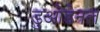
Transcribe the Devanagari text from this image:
डुओडेनल